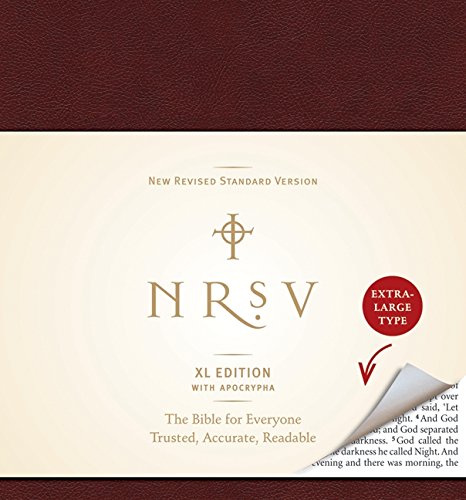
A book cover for NRSV XL with Apocrypha (burgundy); Zondervan; Christian Books & Bibles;